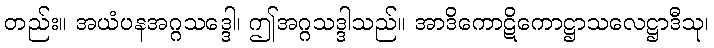
တည်း။ အယံပနအဂ္ဂသဒ္ဒေါ၊ ဤအဂ္ဂသဒ္ဒါသည်။ အာဒိကောဋိကောဋ္ဌာသလေဋ္ဌာဒီသု၊